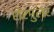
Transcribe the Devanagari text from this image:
रोरमुलर